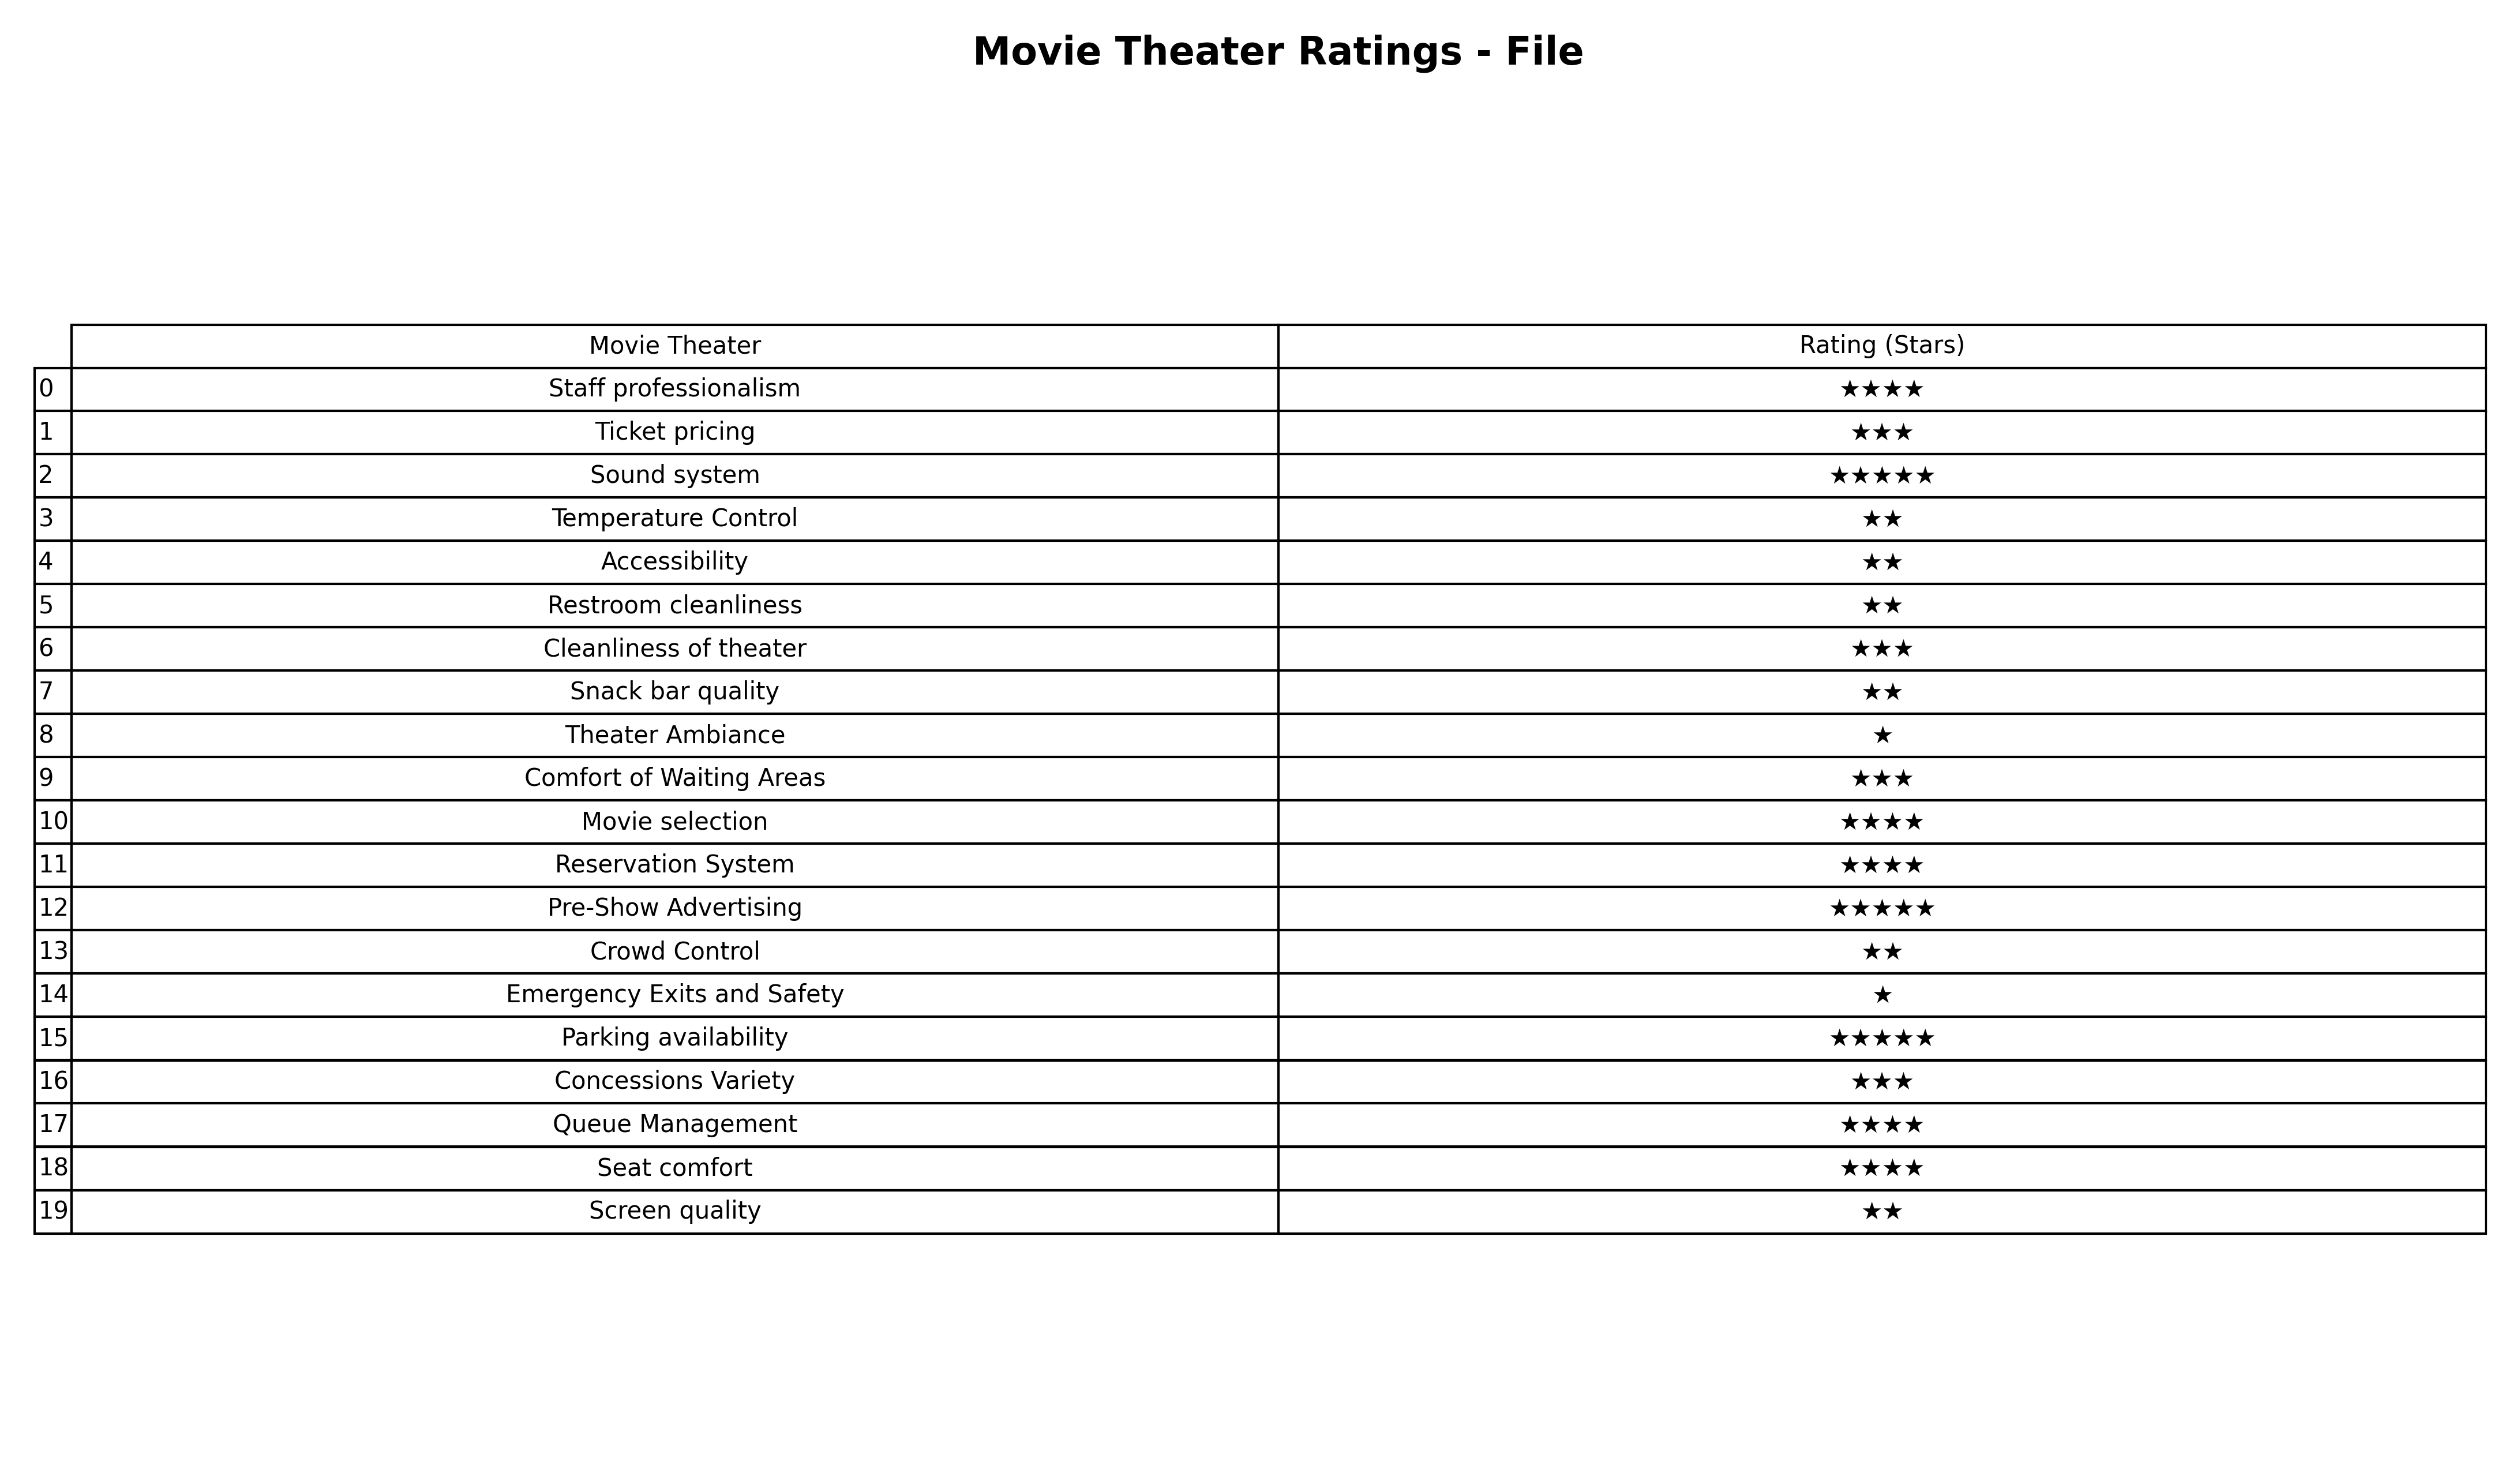
question: What is the rating of Snack bar quality?
answer: ★★